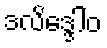
ဒလိဒ္ဒေါဝ